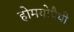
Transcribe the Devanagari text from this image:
होमयोपैथी